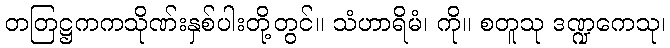
တတြဋ္ဌကကသိုဏ်းနှစ်ပါးတို့တွင်။ သံဟာရိမံ၊ ကို။ စတူသု ဒဏ္ဍကေသု၊